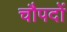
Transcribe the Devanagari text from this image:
चौपदों